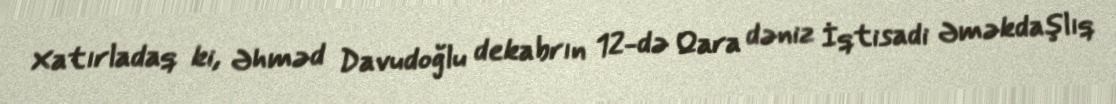
Xatırladaq ki, Əhməd Davudoğlu dekabrın 12-də Qara dəniz İqtisadi Əməkdaşlıq